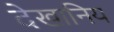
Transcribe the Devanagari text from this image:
देखानिय